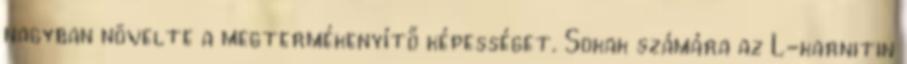
nagyban növelte a megtermékenyítő képességet. Sokak számára az L-karnitin